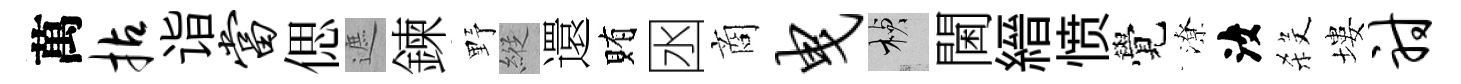
萬拈诣当偲遮鍊野縱還賄囦商曳楨閫縉愤覺潦汝殺塿射